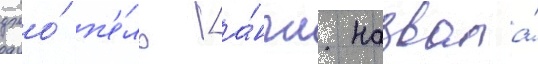
джо́ п'е́ль [а́нгл. назвала́